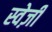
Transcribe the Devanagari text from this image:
स्वेज़ी